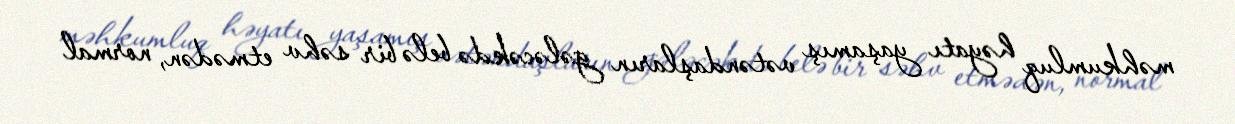
məhkumluq həyatı yaşamış vətəndaşların gələcəkdə belə bir səhv etmədən, normal